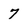
Character: 7